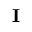
\mathbf { I }